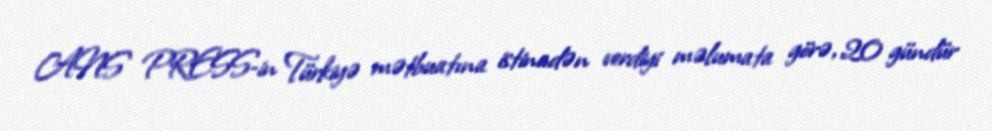
ANS PRESS-in Türkiyə mətbuatına istinadən verdiyi məlumata görə, 20 gündür